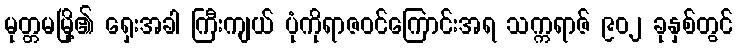
မုတ္တမမြို့၏ ရှေးအခါ ကြီးကျယ် ပုံကိုရာဇဝင်ကြောင်းအရ သက္ကရာဇ် ၉၀၂ ခုနှစ်တွင်